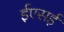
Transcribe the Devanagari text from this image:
ईएसई